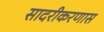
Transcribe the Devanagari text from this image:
सादरीकरणास